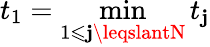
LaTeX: t_{1}=\operatorname*{min}_{1\leqslant\mathbf{j}\leqslantN}t_{\mathbf{j}}